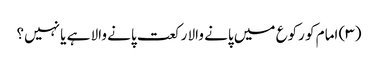
(۳) امام کو رکوع میں پانے والا رکعت پانے والا ہے یا نہیں؟